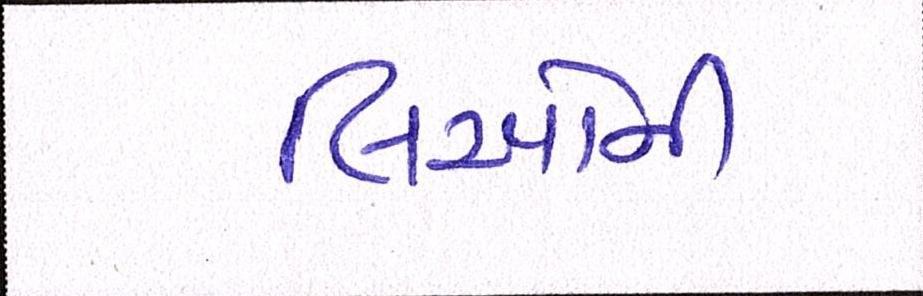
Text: લિઓની